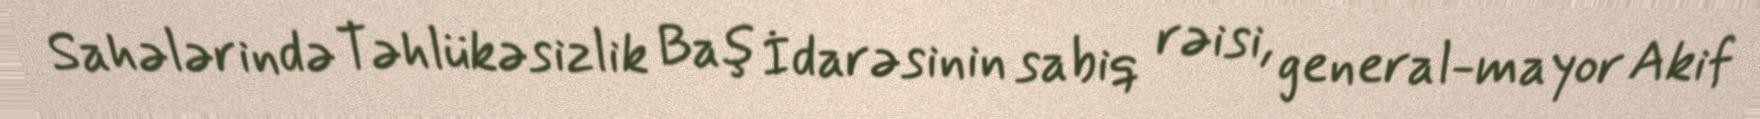
Sahələrində Təhlükəsizlik Baş İdarəsinin sabiq rəisi, general-mayor Akif